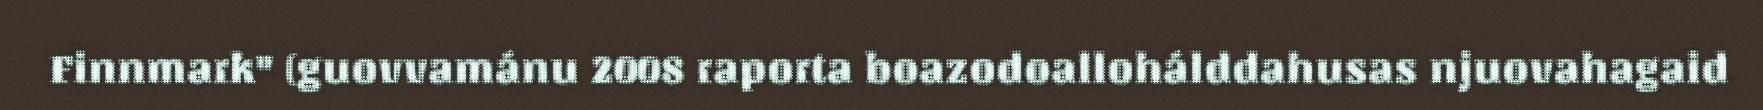
Finnmark" (guovvamánu 2008 raporta boazodoallohálddahusas njuovahagaid